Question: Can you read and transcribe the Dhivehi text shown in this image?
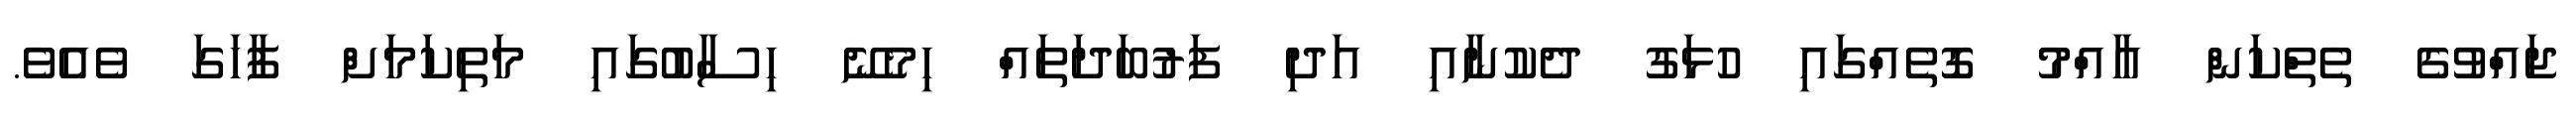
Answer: ޖައްވުގެ ތެތްކަން އާއްމު ގޮތެއްގައި ހުޅަގު ދެކުނާއި އަދި ފަރުބަދަތައް ހިމެނޭ ހިސާބުގައި މަތިކަމަށް ފާހަގަ ވެއެވެ.